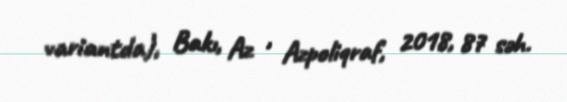
variantda), Bakı, Az , Azpoliqraf, 2018, 87 səh.